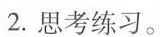
2.思考练习。